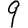
Digit: 9